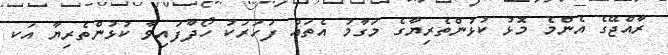
ރާއްޖޭގެ އެންމެ މޮޅު ކުޅުންތެރިޔާގެ މަގާމު އެތައް ފަހަރަކު ހޯދާފައިވާ ކުޅުންތެރިޔާ އަކ